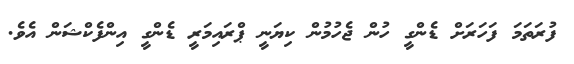
ފުރަތަމަ ފަހަރަށް ޑެންގީ ހުން ޖެހުމުން ކިޔަނީ ޕްރައިމަރީ ޑެންގީ އިންފެކްޝަން އެވެ.